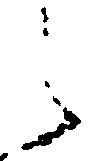
之